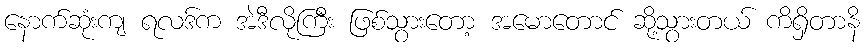
နောက်ဆုံးကျ ရလဒ်က အဲဒီလိုကြီး ဖြစ်သွားတော့ အမောတောင် ဆို့သွားတယ် ကိရှိတာနိ